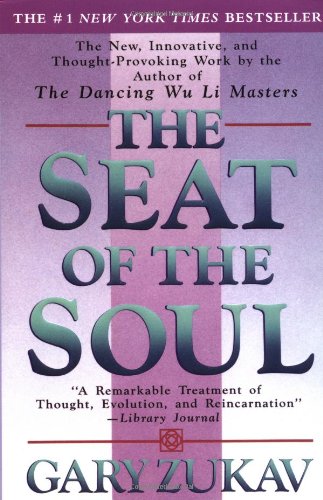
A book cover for The Seat of the Soul; Gary Zukav; Religion & Spirituality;